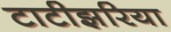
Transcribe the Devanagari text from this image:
टाटीझरिया